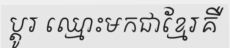
ប្តូរ ឈ្មោះមកជាខ្មែរគឺ